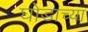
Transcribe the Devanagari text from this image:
घोडाच्या